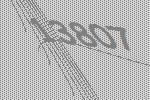
13807